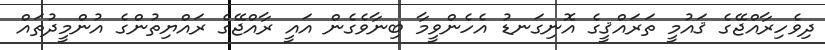
ދިވެހިރާއްޖޭގެ ޤައުމީ ތަރައްޤީގެ އޮނިގަނޑު އެހެންވީމާ ބިނާވެގެން އައީ ރާއްޖޭގެ ރައްޔިތުންގެ އުންމީދުތައް